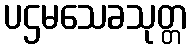
ပဌမသေခသုတ္တ